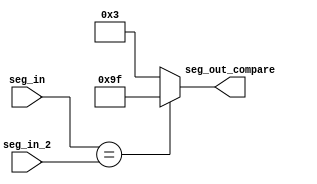
`timescale 1ns / 1ps
//////////////////////////////////////////////////////////////////////////////////
// Company: 
// Engineer: 
// 
// Design Name: 
// Module Name: seven_seg
// Project Name: 
// Target Devices: 
// Tool Versions: 
// Description: 
// 
// Dependencies: 
// 
// Revision:
// Revision 0.01 - File Created
// Additional Comments:
// 
//////////////////////////////////////////////////////////////////////////////////


module seven_seg_compare2(
    input [3:0] seg_in,
    input [3:0] seg_in_2,
    output reg [7:0] seg_out_compare
    );
    
    always@(*) begin
    if (seg_in == seg_in_2)
    begin
    seg_out_compare <= 8'b10011111;//I
    end
    else
    begin
    seg_out_compare <= 8'b00000011;//0
    end
    
    end
endmodule